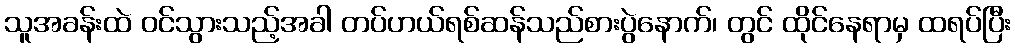
သူအခန်းထဲ ဝင်သွားသည့်အခါ တပ်ဟယ်ရစ်ဆန်သည်စားပွဲနောက်၊ တွင် ထိုင်နေရာမှ ထရပ်ပြီး